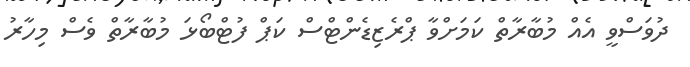
ދުވަސްވީ އެއް މުބާރާތް ކަމަށްވާ ޕްރެޒިޑެންޓްސް ކަޕް ފުޓްބޯޅަ މުބާރާތް ވެސް މިހާރު